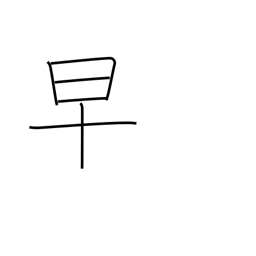
Meaning: early